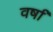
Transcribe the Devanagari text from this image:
वर्षाँ